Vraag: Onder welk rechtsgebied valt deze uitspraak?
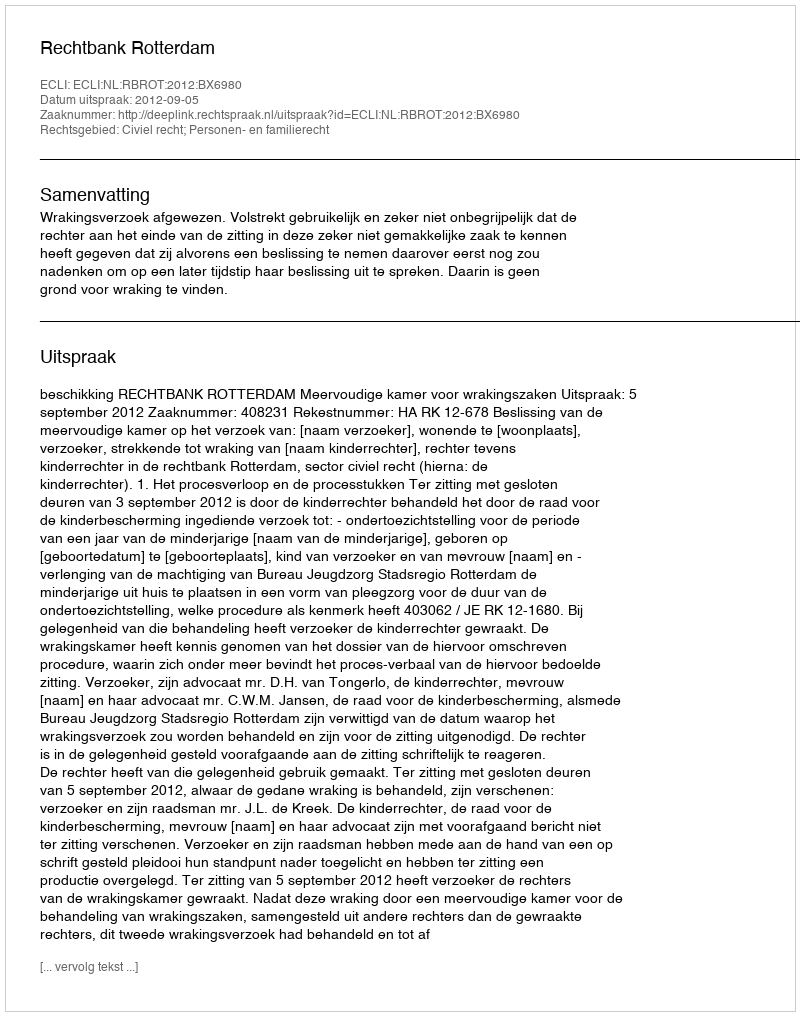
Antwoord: Civiel recht; Personen- en familierecht